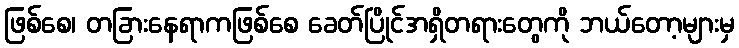
ဖြစ်စေ၊ တခြားနေရာကဖြစ်စေ ခေတ်ပြိုင်အရှိတရားတွေကို ဘယ်တော့များမှ